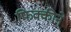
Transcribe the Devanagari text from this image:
फिक्कीने